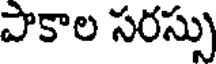
పాకాల సరస్సు